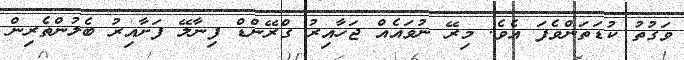
ވަގުތު ކުޑަތަންވެފަ އެވެ. މިރޭ ނުވައެއް ޖަހާއިރު ގްރޭންޑް ފިނާލޭ ފަށާއިރު ބެލުންތެރިން